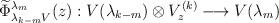
LaTeX: \begin{align*}\widetilde\Phi^{\lambda_m}_{\lambda_{k-m}V}(z):V(\lambda_{k-m})\otimes V^{(k)}_z \longrightarrow V(\lambda_m)\end{align*}